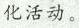
化活动。